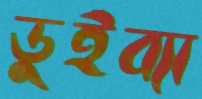
ডুইব্যা